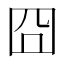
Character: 囧